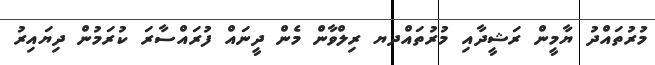
މުރުތައްދު ޔާމީން ރަޝީދާއި މުރުތައްދޔ ރިލްވާން މެން ދީނަައް ފުރައްސާރަ ކުރަމުން ދިޔައިރު